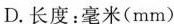
D.长度：毫米(mm)